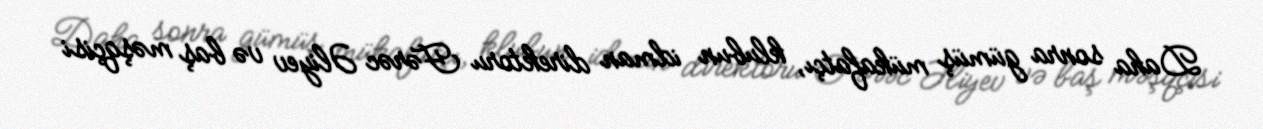
Daha sonra gümüş mükafatçı, klubun idman direktoru Fərəc Əliyev və baş məşqçisi